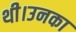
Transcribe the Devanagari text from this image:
थी।उनका